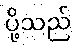
ပို့သည်